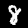
Digit: 8